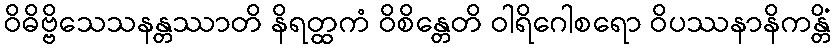
ဝိဓိဗ္ဗိသေသနန္တဿာတိ နိရတ္ထကံ ဝိစိန္တေတိ ဝါရိဂေါစရော ဝိပဿနာနိကန္တိံ